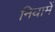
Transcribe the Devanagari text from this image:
नियामें